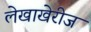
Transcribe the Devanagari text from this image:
लेखाखेरीज